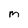
Character: m